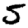
Digit: 5